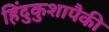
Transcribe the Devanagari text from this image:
हिंदुकुशापैकी